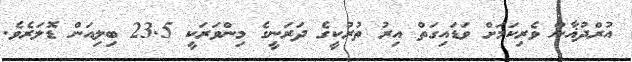
އުރްދުޣާން ވެރިކަމަށް ވަޑައިގަތް އިރު ތުރުކީގެ ދަރަނީގެ މިންވަރަކީ 23.5 ބިލިއަން ޑޮލަރެވެ.